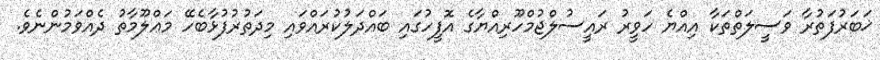
ޚަބަރުފަތުރާ ވަސީލަތްތަކާ އިއްޔެ ހަވީރު ރައީސުލްޖުމްހޫރިއްޔާގެ އޮފީހުގައި ބައްދަލުކުރައްވައި މިދަތުރުފުޅާބެހޭ މަޢްލޫމާތު ދެއްވަމުންނެވެ.